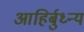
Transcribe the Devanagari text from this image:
आहिर्बुध्न्यं